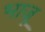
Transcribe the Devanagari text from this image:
भाजू